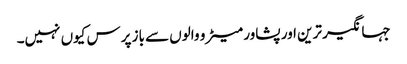
جہانگیر ترین اور پشاور میٹرو والوں سے باز پرس کیوں نہیں۔